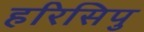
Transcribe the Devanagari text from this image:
हरिसिपु